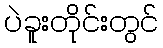
ပဲခူးတိုင်းတွင်